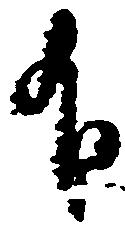
有